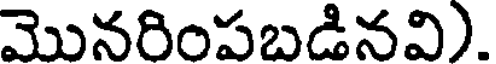
మొనరింపబడినవి).